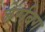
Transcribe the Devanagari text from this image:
जेरबिग